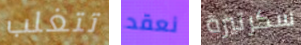
تتغلب نعقد سكرتيرة